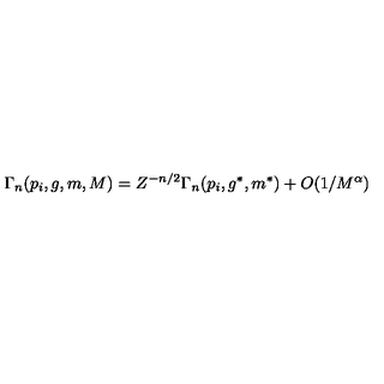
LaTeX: \Gamma _ { n } ( p _ { i } , g , m , M ) = Z ^ { - n / 2 } \Gamma _ { n } ( p _ { i } , g ^ { * } , m ^ { * } ) + O ( 1 / M ^ { \alpha } )